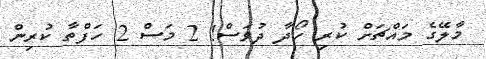
މާލޭގެ މައްޗަށް ކުރި ހޯދާ ދުވަސް! 2 މަސް 2 ހަފްތާ ކުރިން